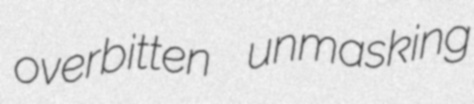
overbitten unmasking